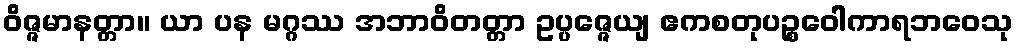
ဝိဇ္ဇမာနတ္တာ။ ယာ ပန မဂ္ဂဿ အဘာဝိတတ္တာ ဥပ္ပဇ္ဇေယျ ဧကစတုပဉ္စဝေါကာရဘဝေသု